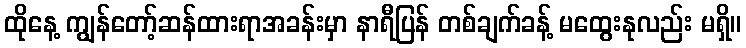
ထိုနေ့ ကျွန်တော့်ဆန်ထားရာအခန်းမှာ နာရီပြန် တစ်ချက်ခန့် မထွေးနုလည်း မရှိ။